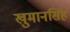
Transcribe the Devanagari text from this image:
खुमानसिंह